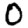
Digit: 0